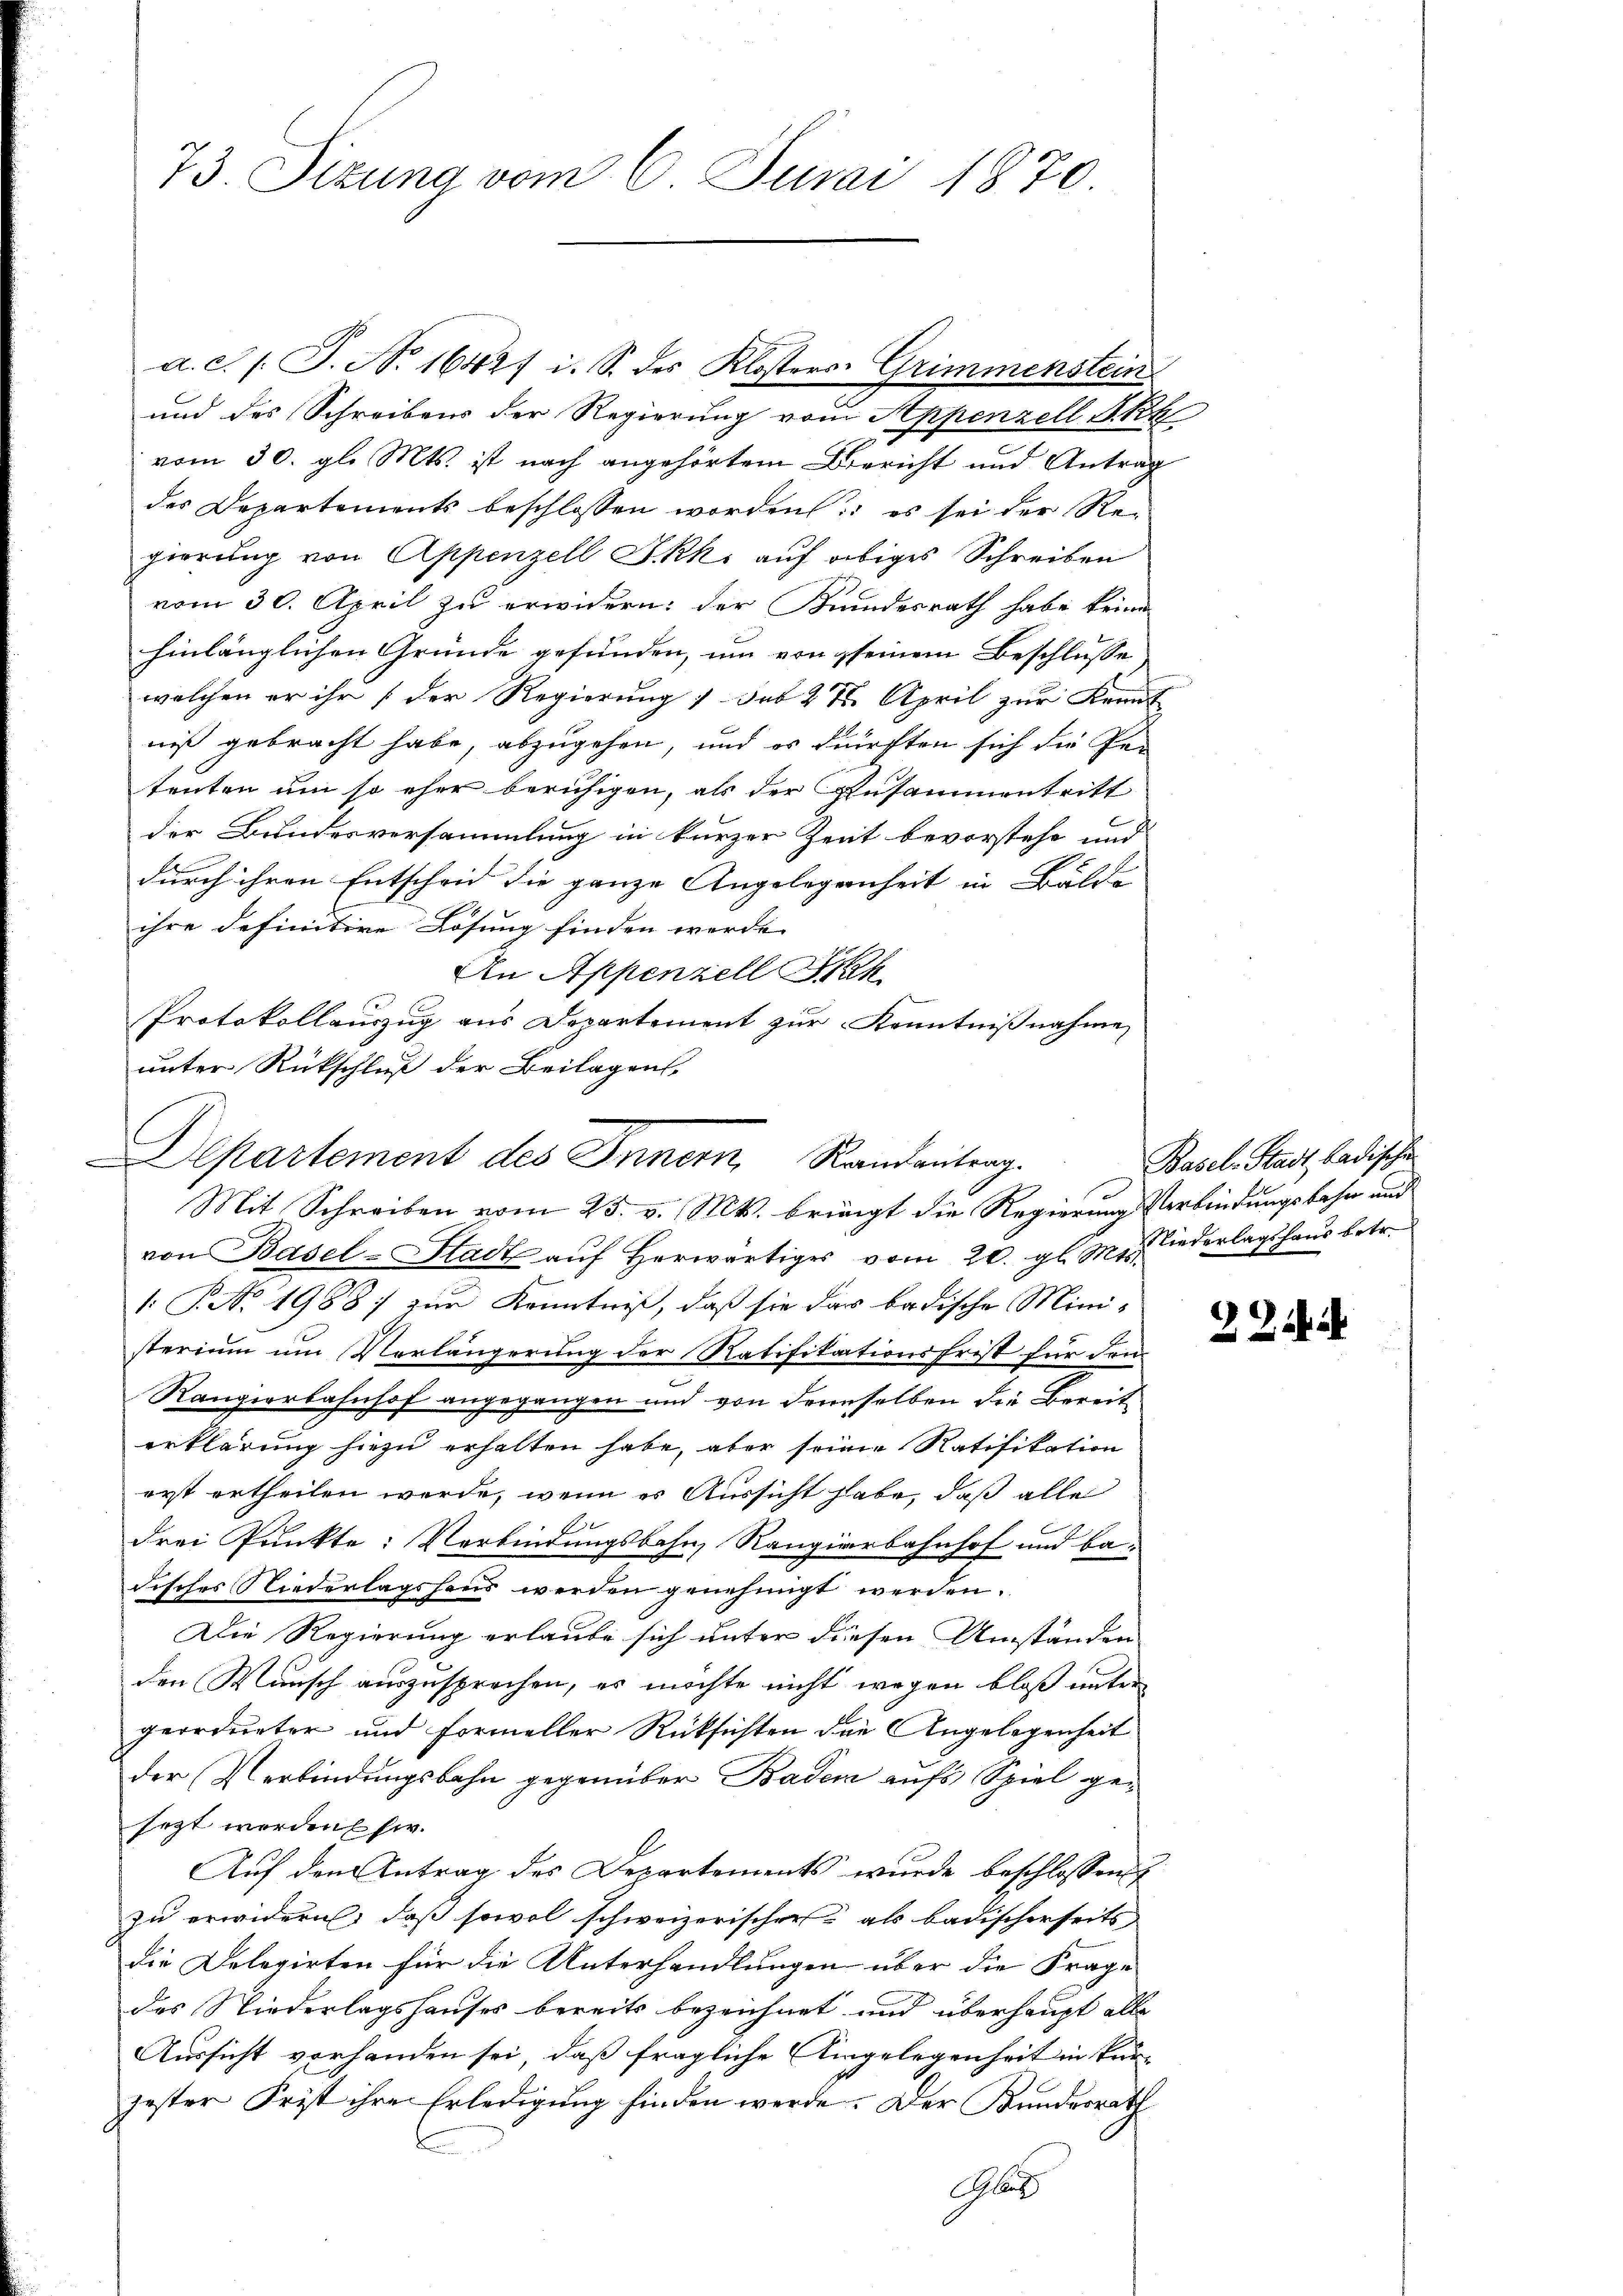
73. Sizung vom 6. Juni 1870

a. c. l. J. No 16427 i. S. des Klosters Grimmenstein
und des Schreibens der Regierung vom Appenzell Akk
vom 30. gl. Mts. ist nach angehörtem Bericht und Antrag
des Departements beschlossen worden: es sei der Re-
gierung von Appenzell Skk. auf obiges Schreiben
vom 30. April zu erwidern: der Bundesrath habe keine
hinlänglichen Gründe gefunden, um von seinem Beschlusse
welchen er ihr [der Regierung das 2 S. April zur Kennt
niß gebracht habe, abzugehen, und es dürften sich die Per
tenten um so eher beruhigen, als der Zusammentritt
der Bundesversammlung in kurzer Zeit bevorstehe und
durch ihren Entscheid die ganze Angelegenheit in Bälde
ihre definitive Lösung finden werde. |
An Appenzell Seh
Protokollauszug aus Departement zur Kenntnißnahme
unter Rückschluß der Beilagen,
C
von Basel-Stadt auf herwärtiges vom 20. gl. M., wiederlagshaus betr.
: P. No. 1988) zur Kenntniß, daß sie das badische Ministerium um Verlängerung der Ratifikationsfrist für den
Rangierbahnhof angegangen und von derselben die Bereit
erklärung hiezu erhalten habe, aber seine Ratifikation
erst ertheilen werde, wenn es Aussicht habe, daß alle
drei Punkte: Verbindungsbahn, Rangierbahnhof und badisches Niederlagshaus werden genehmigt werden.
Die Regierung erlaube sich unter diesen Umständen
den Wunsch auszusprochen, es möchte nicht wegen bloß unter
geordneter und formeller Rücksichten die Angelegenheit
der Verbindungsbahn gegenüber Baden aufs Spiel gesezt worden Ehe.
Auf den Antrag des Departements wurde beschlossen
zu erwidern, daß sowol schweizerischer als badischerseits
die Delegirten für die Unterhandlungen über die Frage
des Niederlagshauses bereits bezeichnet und überhaupt alle
Aussicht vorhanden sei, daß fragliche Eingelegenheit in kur-
gester Frist ihre Erledigung finden werde. Der Bundesrath
Gli

e
partement des Innern Randantrag
Mit Schreiben vom 25. v. Mts. bringt die Regierung Verbindungsbahn und

Basel-Stadt, badischen

2 Zif.